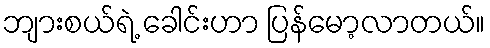
ဘျားစယ်ရဲ့ ခေါင်းဟာ ပြန်မော့လာတယ်။